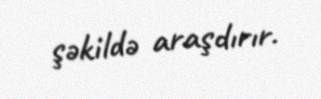
şəkildə araşdırır.